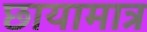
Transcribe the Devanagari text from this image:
छायामात्र